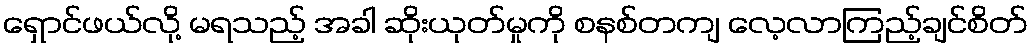
ရှောင်ဖယ်လို့ မရသည့် အခါ ဆိုးယုတ်မှုကို စနစ်တကျ လေ့လာကြည့်ချင်စိတ်